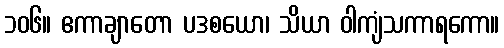
၁၀၆။ ဧကာချာတော ပဒစယော၊ သိယာ ဝါကျံသကာရကော။